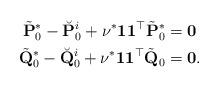
LaTeX: \begin{align*}\tilde{\mathbf{P}}_0^*-\breve{\mathbf{P}}_0^i+\nu^* \mathbf{1}\mathbf{1}^\top \tilde{\mathbf{P}}_0^*&=\mathbf{0}\\\tilde{\mathbf{Q}}_0^*-\breve{\mathbf{Q}}_0^i+\nu^*\mathbf{1}\mathbf{1}^\top \tilde{\mathbf{Q}}_0&=\mathbf{0}.\end{align*}